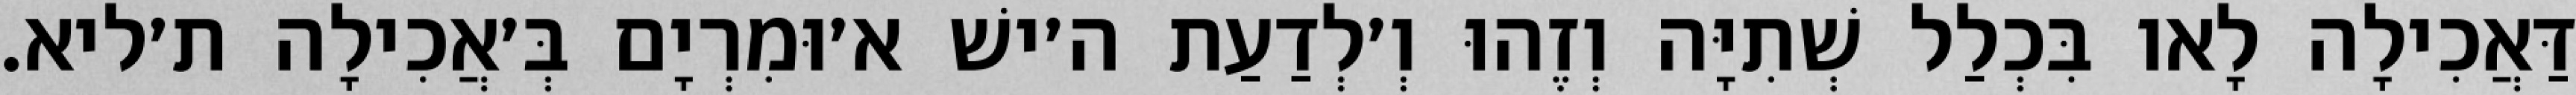
דַּאֲכִילָה לָאו בִּכְלַל שְׁתִיָּה וְזֶהוּ וְ׳לְדַעַת ה׳ישׁ א׳וּמִרְיָם בְּ׳אֲכִילָה ת׳ליא.